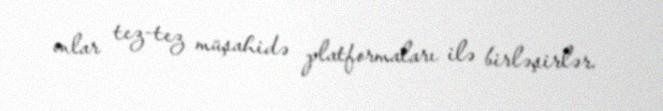
onlar tez-tez müşahidə platformaları ilə birləşirlər.